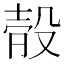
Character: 𣪛